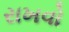
રાખવો